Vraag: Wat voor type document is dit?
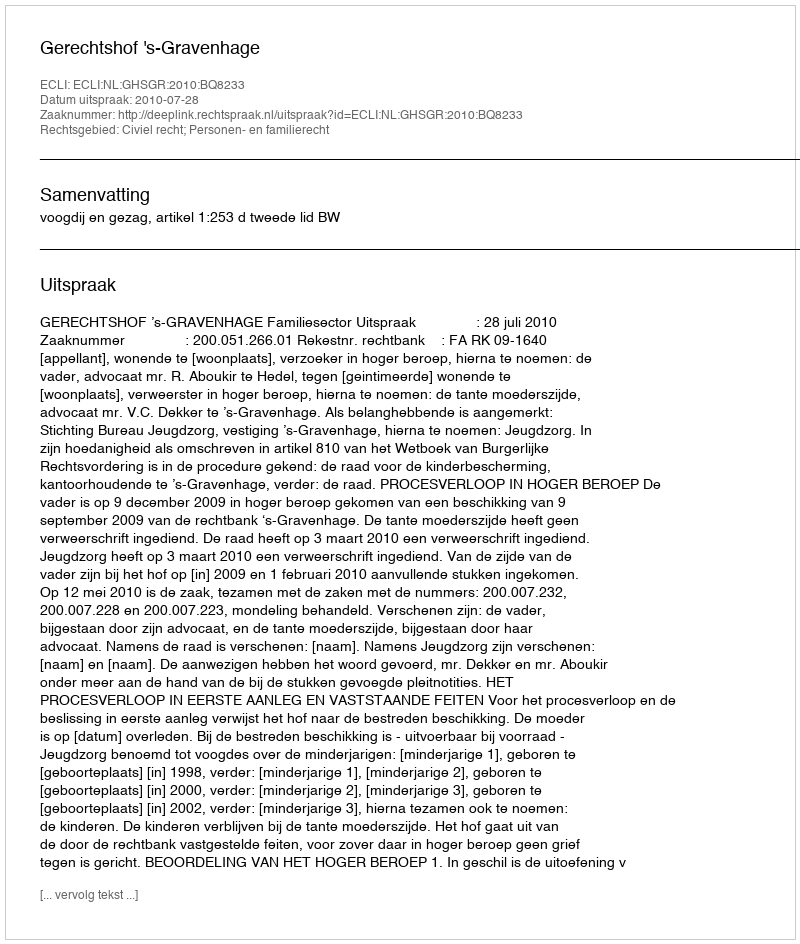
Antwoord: Uitspraak